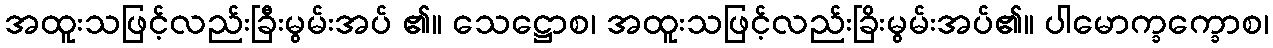
အထူးသဖြင့်လည်းခြီးမွမ်းအပ် ၏။ သေဋ္ဌောစ၊ အထူးသဖြင့်လည်းခြိးမွမ်းအပ်၏။ ပါမောက္ခက္ခောစ၊